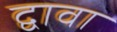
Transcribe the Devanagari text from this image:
द्वावा